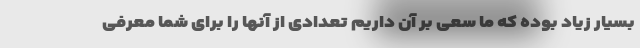
بسیار زیاد بوده که ما سعی بر آن داریم تعدادی از آنها را برای شما معرفی